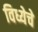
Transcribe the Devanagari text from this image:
विध्येचे